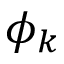
\phi _ { k }